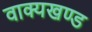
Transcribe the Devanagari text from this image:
वाक्यखण्ड